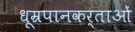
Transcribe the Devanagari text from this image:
धूम्रपानकर्ताओं